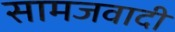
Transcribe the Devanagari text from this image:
सामजवादी